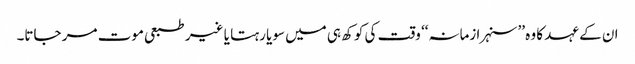
ان کے عہد کا وہ ’’سنہرا زمانہ‘‘ وقت کی کوکھ ہی میں سویا رہتا یا غیر طبعی موت مر جاتا۔